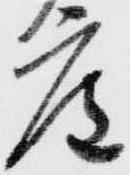
庵